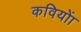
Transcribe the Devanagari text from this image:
कवियोंा